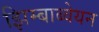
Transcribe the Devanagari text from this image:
झिम्बाब्वेयन